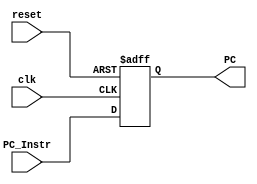
module Program_Counter
    #(parameter Data_Width=32)
    (
    output  reg     [Data_Width-1:0]   PC,
    input   wire    [Data_Width-1:0]   PC_Instr,                 
    input   wire                       clk,reset
);

    always@(posedge clk or negedge reset)
    begin
        if (!reset)
            PC<={ (Data_Width) {1'b0} };
        else 
            PC<=PC_Instr;
               
    end

endmodule